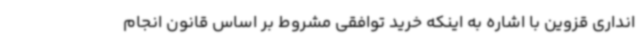
انداری قزوین با اشاره به اینکه خرید توافقی مشروط بر اساس قانون انجام